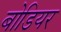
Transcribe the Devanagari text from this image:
बोडियर